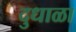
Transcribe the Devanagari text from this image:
दुधाळा